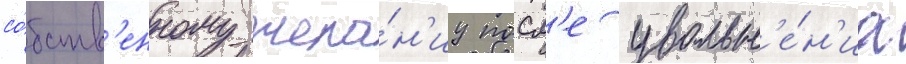
со́бств'енному жела́н'иу посл'е увольн'е́н'иа